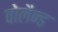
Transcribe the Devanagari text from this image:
वोलैन्ड